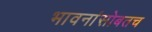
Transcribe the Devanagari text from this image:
भावनांसोबतच